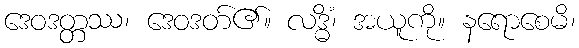
ဒေဝဒတ္တဿ၊ ဒေဝဒတ်၏။ လဒ္ဓိံ၊ အယူကို။ နရောစေမိ၊